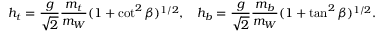
\begin{array} { c c } { { h _ { t } = { \displaystyle \frac { g } { \sqrt { 2 } } \frac { m _ { t } } { m _ { W } } } ( 1 + \cot ^ { 2 } \beta ) ^ { 1 / 2 } , } } & { { h _ { b } = { \displaystyle \frac { g } { \sqrt { 2 } } \frac { m _ { b } } { m _ { W } } } ( 1 + \tan ^ { 2 } \beta ) ^ { 1 / 2 } . } } \end{array}